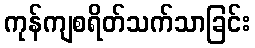
ကုန်ကျစရိတ်သက်သာခြင်း